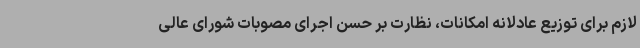
لازم برای توزیع عادلانه امکانات، نظارت بر حسن اجرای مصوبات شورای عالی